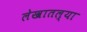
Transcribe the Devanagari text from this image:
लेखातल्या